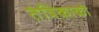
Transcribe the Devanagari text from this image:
तंत्रिकाको